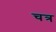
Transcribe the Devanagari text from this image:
चत्र